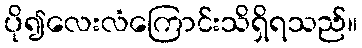
ပို၍လေးလံကြောင်းသိရှိရသည်။